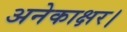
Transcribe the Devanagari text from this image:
अनेकाक्षर।